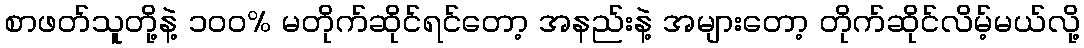
စာဖတ်သူတို့နဲ့ ၁၀၀% မတိုက်ဆိုင်ရင်တော့ အနည်းနဲ့ အများတော့ တိုက်ဆိုင်လိမ့်မယ်လို့